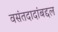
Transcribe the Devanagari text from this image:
वसंतदादांबद्दल